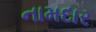
નામદાર